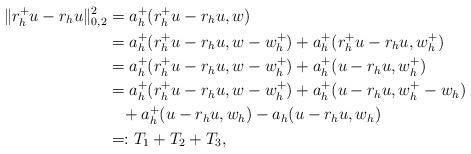
LaTeX: \begin{align*}\|r_h^+ u - r_h u\|_{0,2}^2 &= a_h^+(r_h^+ u - r_h u, w) \\&= a_h^+(r_h^+ u - r_h u, w - w_h^+) + a_h^+(r_h^+ u - r_h u, w_h^+) \\&= a_h^+(r_h^+ u - r_h u, w - w_h^+) + a_h^+(u - r_h u, w_h^+) \\&= a_h^+(r_h^+ u - r_h u, w - w_h^+) + a_h^+(u - r_h u, w_h^+ - w_h) \\&\;\;\; + a_h^+(u - r_h u, w_h) - a_h(u-r_h u, w_h) \\&=: T_1 + T_2 + T_3,\end{align*}